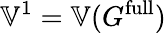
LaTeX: \mathbb{V}^{1}=\mathbb{V}(G^{\mathrm{full}})